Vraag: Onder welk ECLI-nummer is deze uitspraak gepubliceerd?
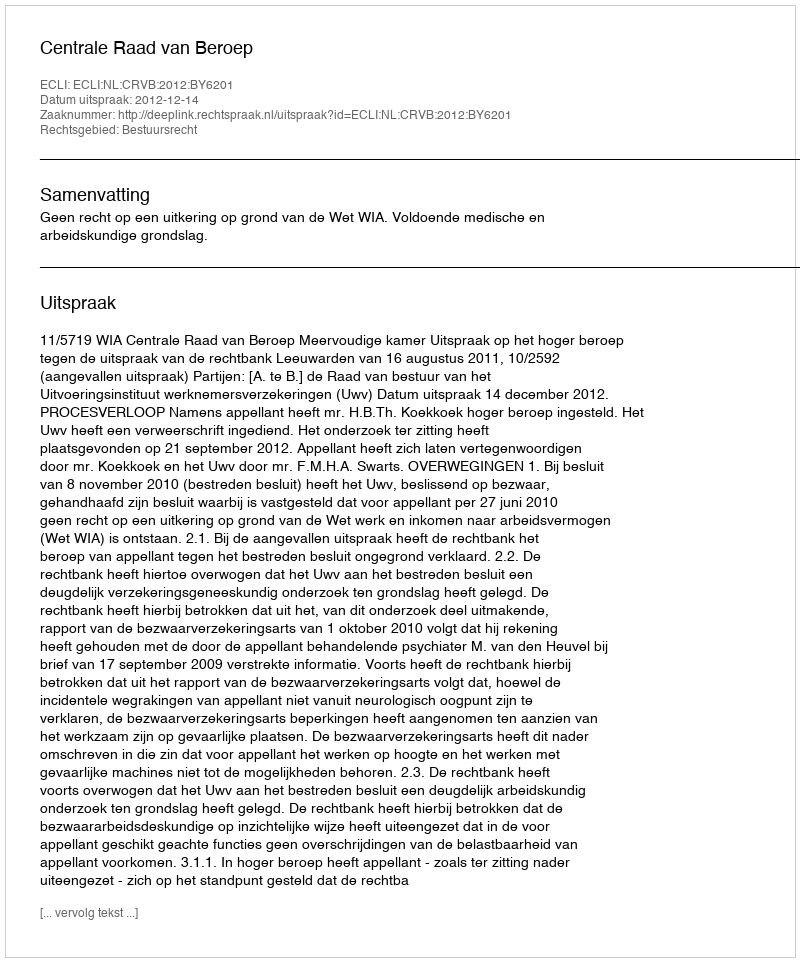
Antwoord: ECLI:NL:CRVB:2012:BY6201